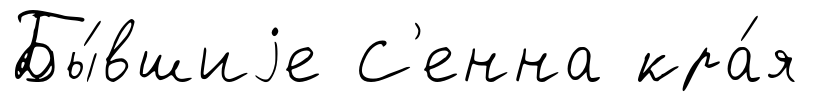
Бы́вшиjе С'енна кра́я